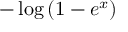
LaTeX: - \log \left( 1 - e ^ { x } \right)